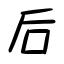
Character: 后